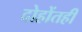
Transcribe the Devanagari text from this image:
दोहोंतही